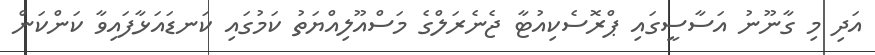
އަދި މި ގާނޫނު އަސާސީގައި ޕްރޮސެކިއުޓާ ޖެނެރަލްގެ މަސްއޫލިއްޔަތު ކަމުގައި ކަނޑައަޅާފައިވާ ކަންކަން